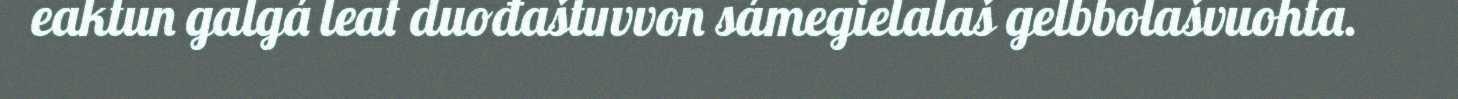
eaktun galgá leat duođaštuvvon sámegielalaš gelbbolašvuohta.